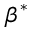
\beta ^ { \ast }